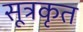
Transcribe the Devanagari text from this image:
सूत्रकृत